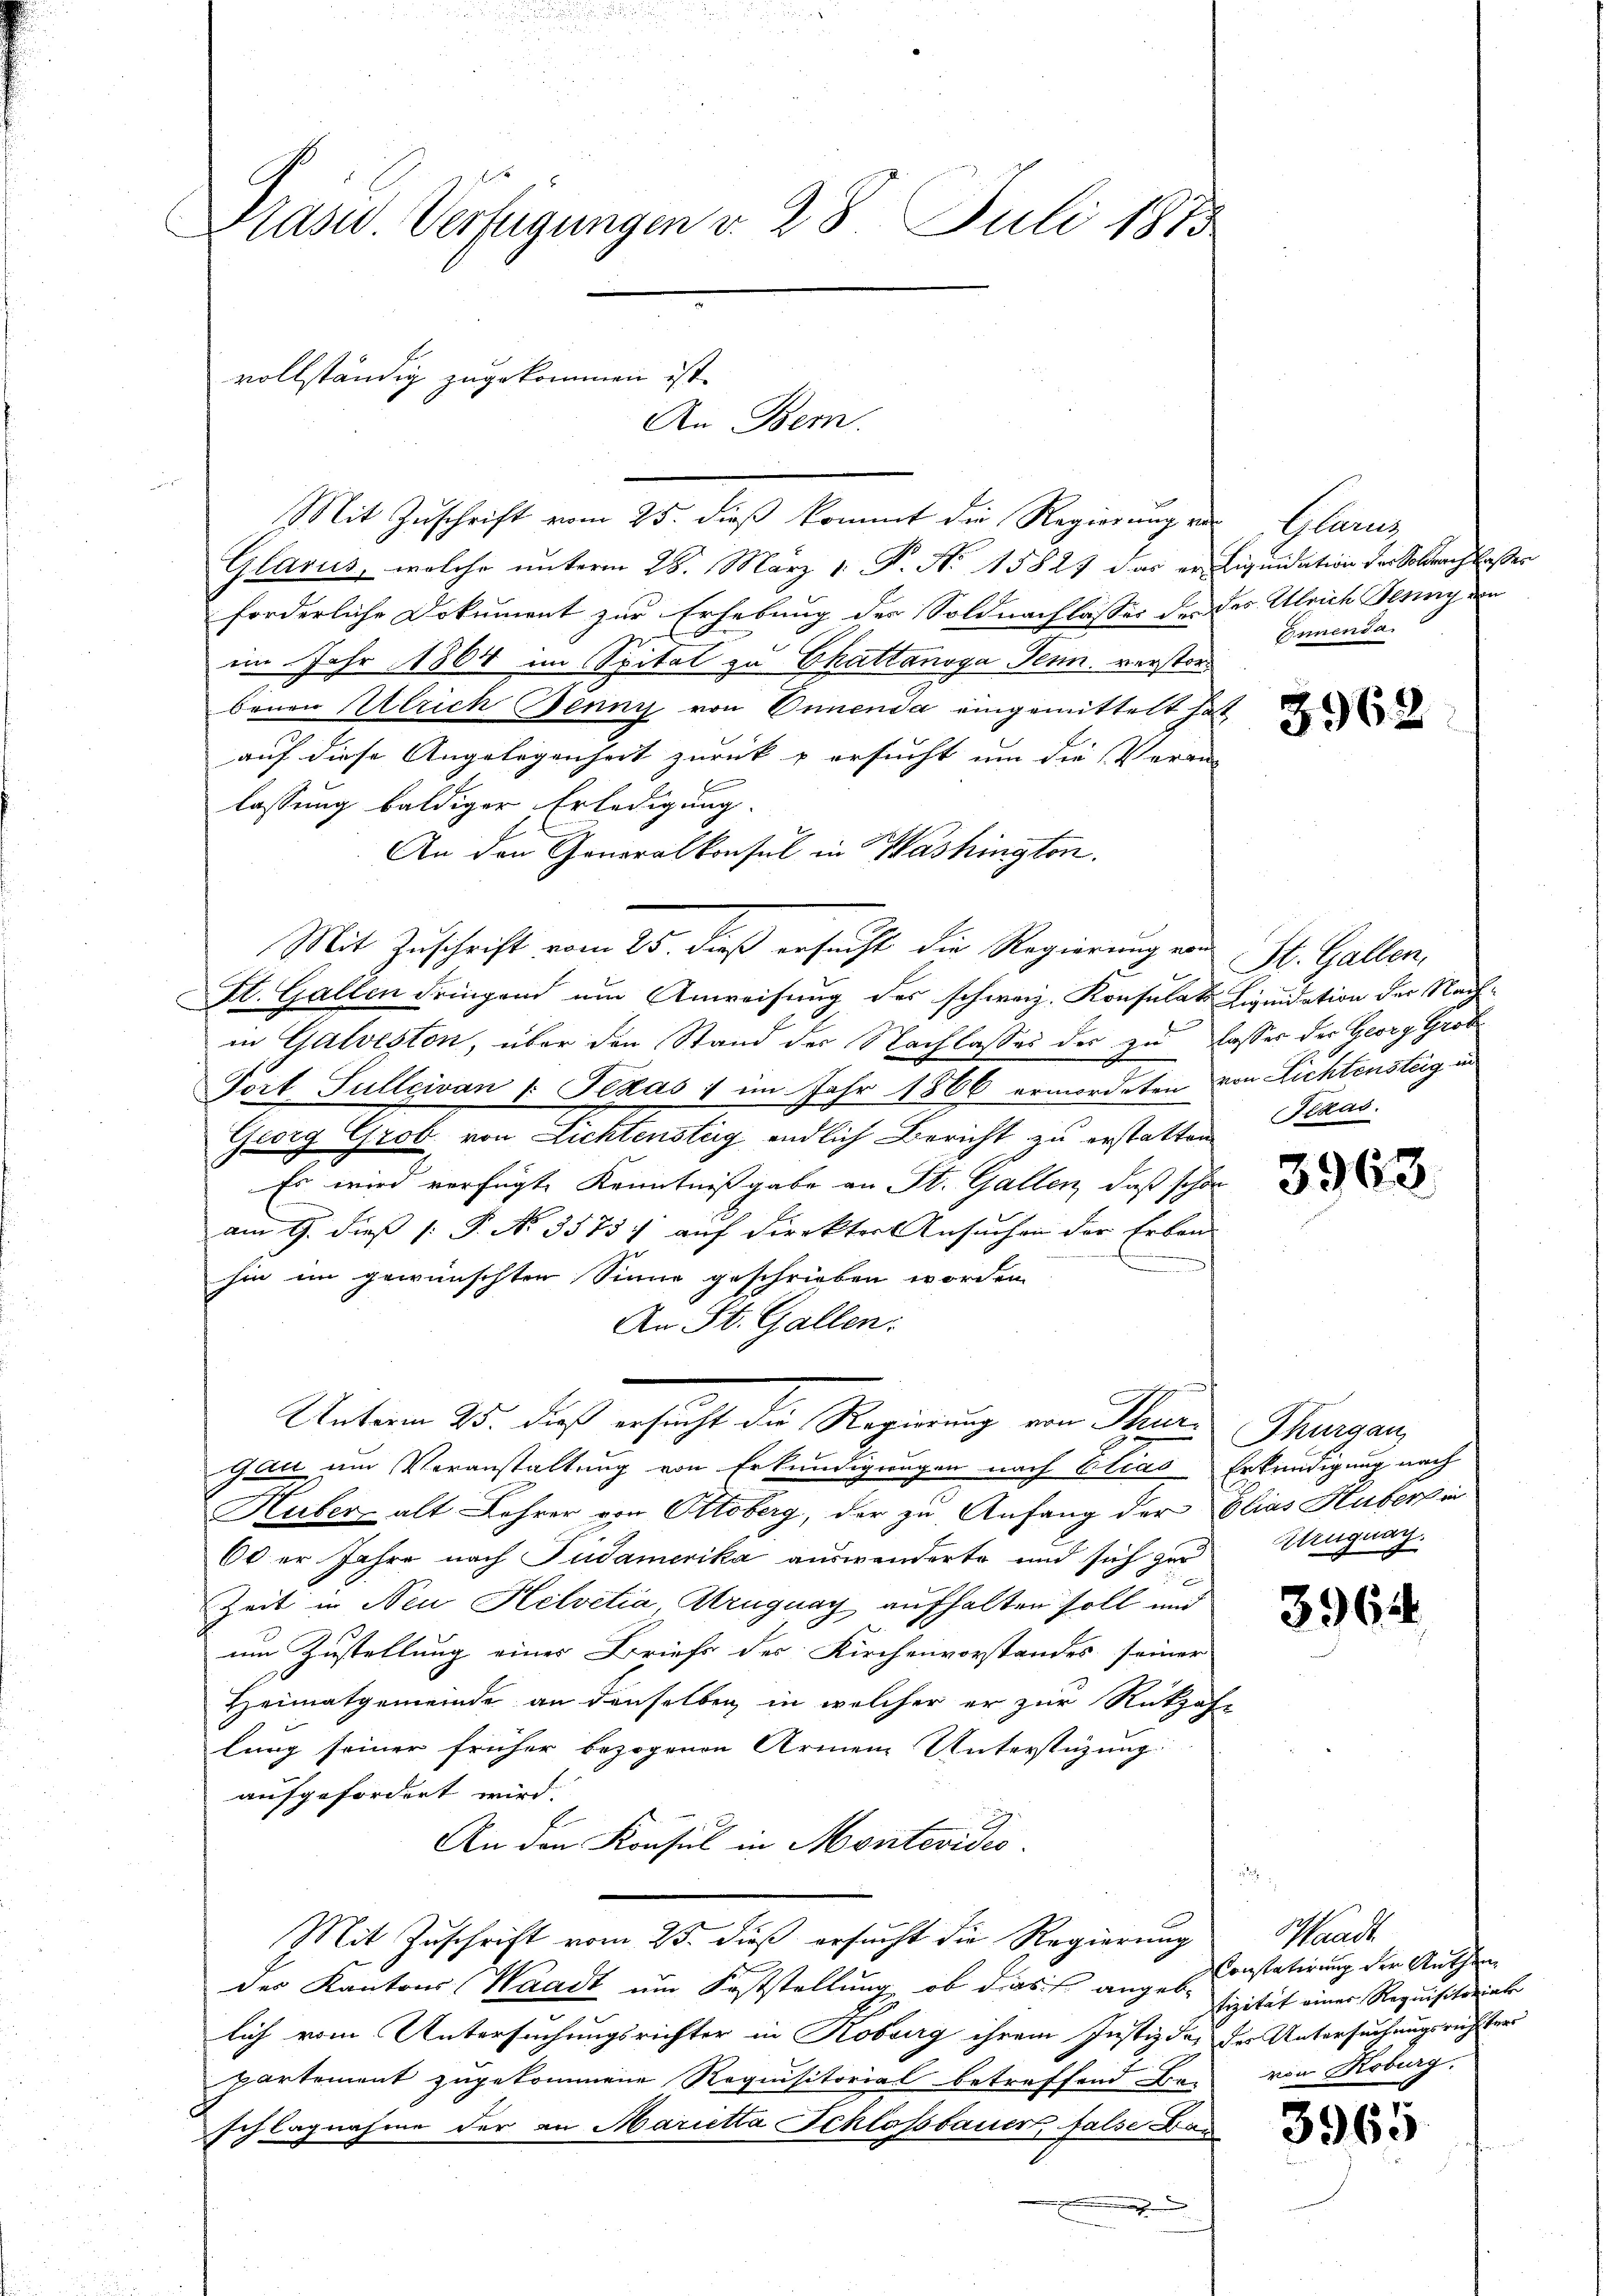
Präsid. Verfügungen v. 28 Juli 1873

vollständig zugekommen ist.
An Bern.

Mit Zuschrift vom 25. dieß kommt die Regierung vor Glaruz
Glarus, welche unterm 28. März 1. P. Nr. 15827 das er Liquidation der Soldnach lasser
forderliche Dokument zur Erhebung der Soldnachlasses de des Ulrich Zürich ein
22
im Jahr 1864 im Spital zu Ekattanoga Penn. verstord
benen Ulrich Jenny von Ennenda eingemittelt hatt
auf diese Angelegenheit zurück & ersucht um die Veran
lassung baldiger Erledigung.
An den Generalkonsul in Washington.
Mit Zuschrift vom 25. dieß ersucht die Regierung von St. Gallen,
St. Gallen dringend um Anweisung des schweiz. Konsulat Liquidation der Nachin Galveston, über den Stand der Nachlasses der zu lasses der Georg Grob
Tort Sullcivan u. Texas 1 im Jahr 1866 ermordeten von Lichtensteig in
Georg Grob von Lichtensteg endlich Bericht zu erstatten
Es wird verfügte Kenntnißgabe an St. Gallen, daß schon
am 9. dieß [ P. No 35737 auf Direkter Ansuchen der Erben-
hin im gewünschten Sinne geschrieben worden
An St. Gallen:
Unterm 25. daß ersicht die Regierung von Stur
gan um Veranstaltung von Erkundigungen nach Elias Erkundigung nach
Huber alt Lehrer von Ottoberg, der zu Anfang der Elias Huber in
60er Jahre nach Pudamerika auswanderte und sich zur
Zeit in Neu Helvetia, Aruguay aufhalten soll und
um Zustellung eines Briefs des Kirchenvorstandes seiner
Heimatgemeinde an denselben, in welcher er zur Rückzah-
lung seiner früher bezogenen Armen Unterstüzung
aufgefordert wird.
An den Konsul in Montevides.
Mit Zuschrift vom 23. dieß ersucht die Regierung
des Kantons (Waadt um Feststellung, ob dies angebr
lich vom Untersuchungsrichter in Roburg ihrem Justiz der der Untersuchungsrichster
Partement zugekommene Requisitorial betreffend Ein-
schlagnahme der an Marietta Schlössbauer false Bau

Einnenda

3962

Texas

3963

Thurgau,
Uruguay.

3964

3965

Schlauch
Constatirung der Ruthen
fizität einer Requisitariat
von Roburg.